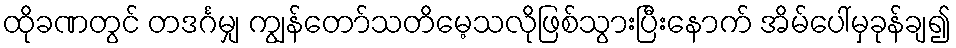
ထိုခဏတွင် တဒင်္ဂမျှ ကျွန်တော်သတိမေ့သလိုဖြစ်သွားပြီးနောက် အိမ်ပေါ်မှခုန်ချ၍